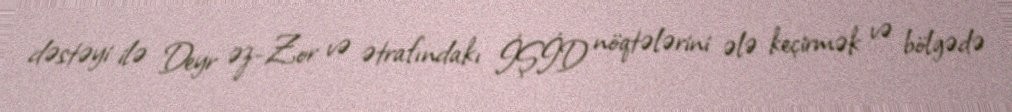
dəstəyi ilə Deyr əz-Zor və ətrafındakı İŞİD nöqtələrini ələ keçirmək və bölgədə